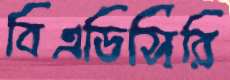
বিএডিসিরি